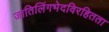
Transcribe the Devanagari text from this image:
जातिलिंगभेदविरहितता